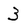
Character: 3